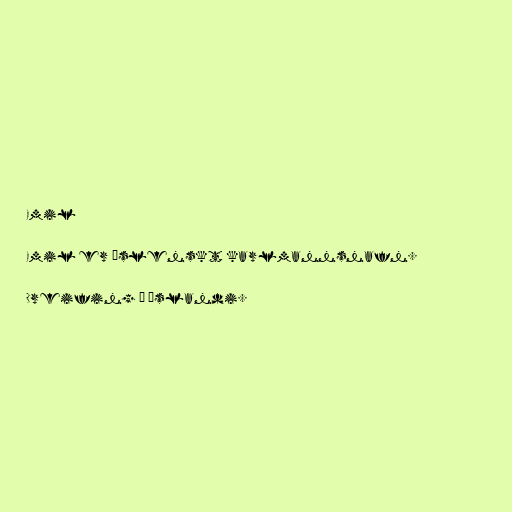
Emil

Emil er íslenskt karlmannsnafn.

Dreifing á Íslandi.